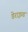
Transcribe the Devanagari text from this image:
डेराइव्ड